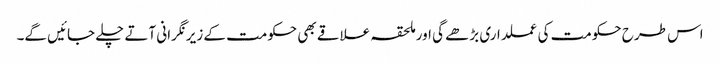
اس طرح حکومت کی عملداری بڑھے گی اور ملحقہ علاقے بھی حکومت کے زیرنگرانی آتے چلے جائیں گے۔